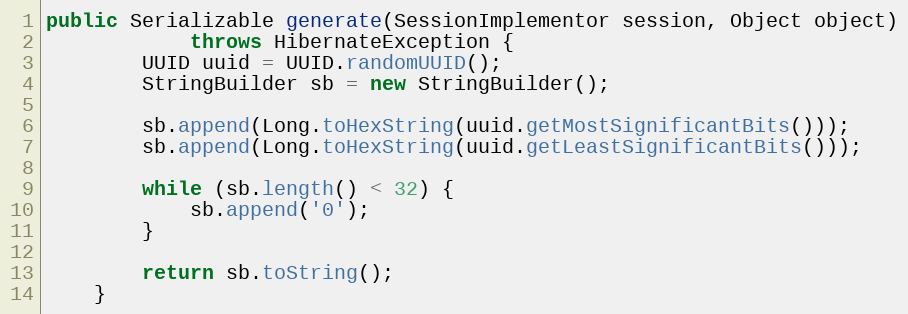
Language: Java
public Serializable generate(SessionImplementor session, Object object)
            throws HibernateException {
        UUID uuid = UUID.randomUUID();
        StringBuilder sb = new StringBuilder();

        sb.append(Long.toHexString(uuid.getMostSignificantBits()));
        sb.append(Long.toHexString(uuid.getLeastSignificantBits()));

        while (sb.length() < 32) {
            sb.append('0');
        }

        return sb.toString();
    }